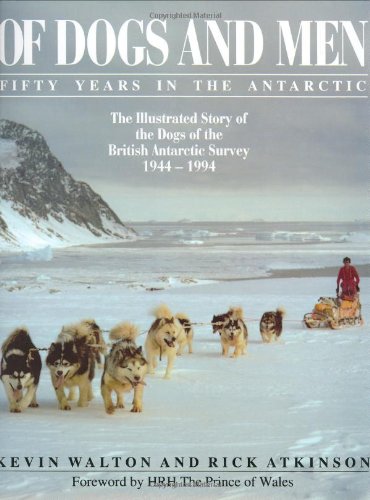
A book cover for Of Dogs and Men: Fifty Years in the Antarctic; Kevin Walton; Sports & Outdoors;